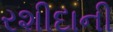
રશીદાની